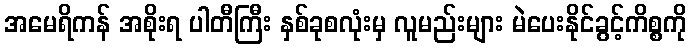
အမေရိကန် အစိုးရ ပါတီကြီး နှစ်ခုစလုံးမှ လူမည်းများ မဲပေးနိုင်ခွင့်ကိစ္စကို